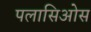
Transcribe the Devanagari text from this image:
पलासिओस